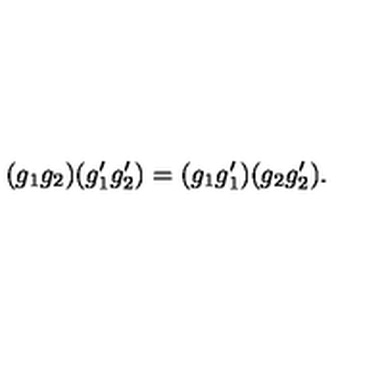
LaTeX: ( g _ { 1 } g _ { 2 } ) ( g _ { 1 } ^ { \prime } g _ { 2 } ^ { \prime } ) = ( g _ { 1 } g _ { 1 } ^ { \prime } ) ( g _ { 2 } g _ { 2 } ^ { \prime } ) .